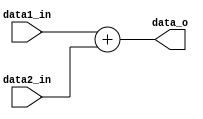
module Adder(data1_in,
              data2_in,
              data_o);
    input   [31:0]      data1_in;
    input   [31:0]      data2_in;
    output  [31:0]      data_o;
    
    //reg
    
    //assign 
    
    assign data_o = data1_in + data2_in;
endmodule